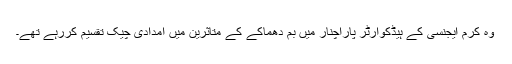
وہ کرم ایجنسی کے ہیڈکوارٹر پاراچنار میں بم دھماکے کے متاثرین میں امدادی چیک تقسیم کررہے تھے۔